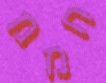
חממ